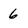
Character: 6